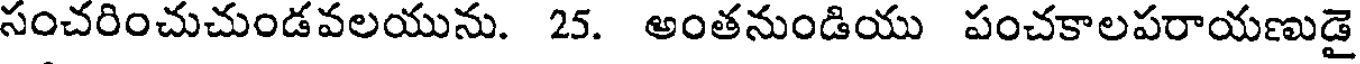
సంచరించుచుండవలయును. 25. అంతనుండియు పంచకాలపరాయణుడై